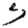
Digit: 5